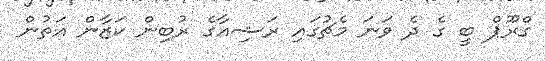
ގްރޫޕް ބީ ގެ ދެ ވަނަ މެޗުގައި ރަޝިއާގެ ރުބިން ކަޒާން އަތުން